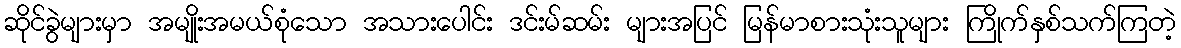
ဆိုင်ခွဲများမှာ အမျိုးအမယ်စုံသော အသားပေါင်း ဒင်းမ်ဆမ်း များအပြင် မြန်မာစားသုံးသူများ ကြိုက်နှစ်သက်ကြတဲ့